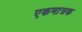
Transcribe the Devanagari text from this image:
एकमात्रक